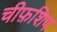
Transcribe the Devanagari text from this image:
चीफ़शिप